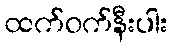
ထက်ဝက်နီးပါး